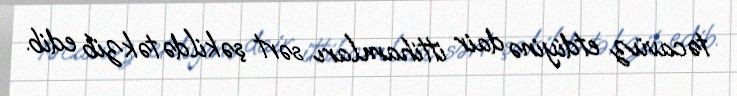
təcavüz etdiyinə dair ittihamları sərt şəkildə təkzib edib.